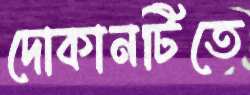
দোকানটিতে